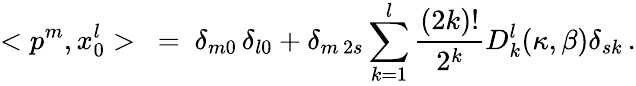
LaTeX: <p^{m},x_{0}^{l}>\ =\ \delta_{m0}\, \delta_{l0}+\delta_{m\, 2s}\sum_{k=1}^{l}\frac{(2k)!}{2^{k}}D_{k}^{l}(\kappa,\beta)\delta_{sk}\, .